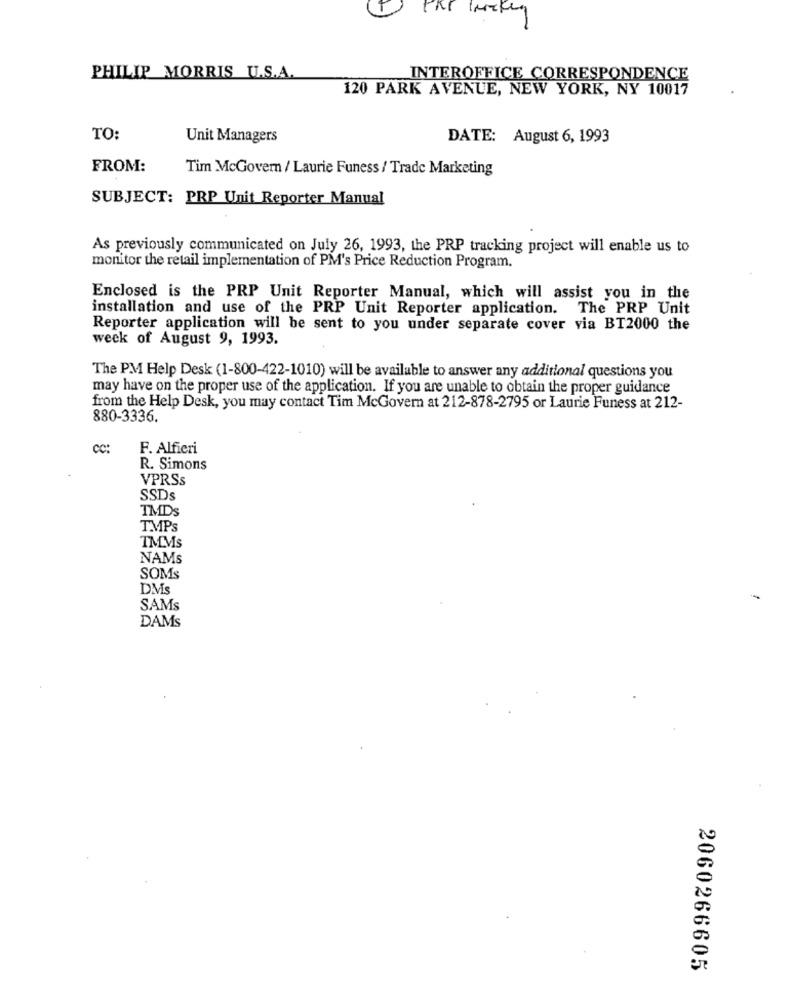
PHILIP MORRIS U.S.A.
INTEROFFICE CORRESPONDENCE
120 PARK AVENUE, NEW YORK, NY 10017
TO:
Unit Managers
DATE: August 6, 1993
FROM:
Tim McGovern / Laurie Funess / Trade Marketing
SUBJECT: PRP Unit Reporter Manual
As previously communicated on July 26, 1993, the PRP tracking project will enable us to
monitor the retail implementation of PM's Price Reduction Program.
Enclosed is the PRP Unit Reporter Manual, which will assist you in the
installation and use of the PRP Unit Reporter application. The PRP Unit
Reporter application will be sent to you under separate cover via BT2000 the
week of August 9, 1993.
The PM Help Desk (1-800-422-1010) will be available to answer any additional questions you
may have on the proper use of the application. If you are unable to obtain the proper guidance
from the Help Desk, you may contact Tim McGovern at 212-878-2795 or Laurie Funess at 212-
880-3336.
cc:
F. Alfieri
R. Simons
VPRSs
SSDs
IMDs
TMPs
TMMs
NAMs
SOMs
DMS
SAMS
DAMS
2060266605